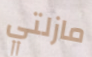
مازلتي